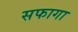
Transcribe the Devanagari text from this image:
सफागा